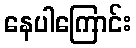
နေပါကြောင်း